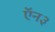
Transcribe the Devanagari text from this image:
ऍन३